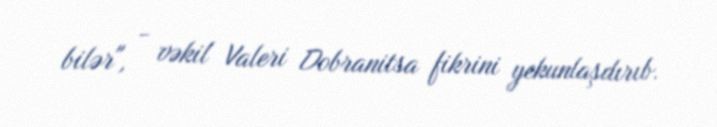
bilər", - vəkil Valeri Dobranitsa fikrini yekunlaşdırıb.